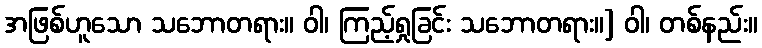
အဖြစ်ဟူသော သဘောတရား။ ဝါ၊ ကြည့်ရှုခြင်း သဘောတရား။] ဝါ၊ တစ်နည်း။